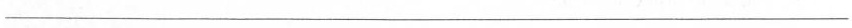
___